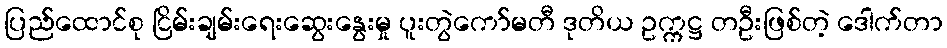
ပြည်ထောင်စု ငြိမ်းချမ်းရေးဆွေးနွေးမှု ပူးတွဲကော်မတီ ဒုတိယ ဥက္ကဋ္ဌ တဦးဖြစ်တဲ့ ဒေါက်တာ